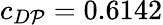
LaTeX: c_{D\mathcal{P}}=0.6142